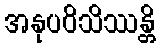
အနုပဝိသိဿန္တိ